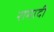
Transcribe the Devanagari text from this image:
रामादी